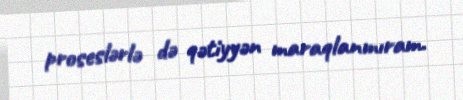
proseslərlə də qətiyyən maraqlanmıram.